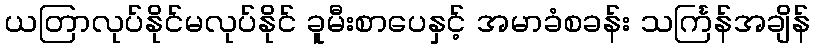
ယတြာလုပ်နိုင်မလုပ်နိုင် ခူမီးစာပေနှင့် အမာခံစခန်း သင်္ကြန်အချိန်